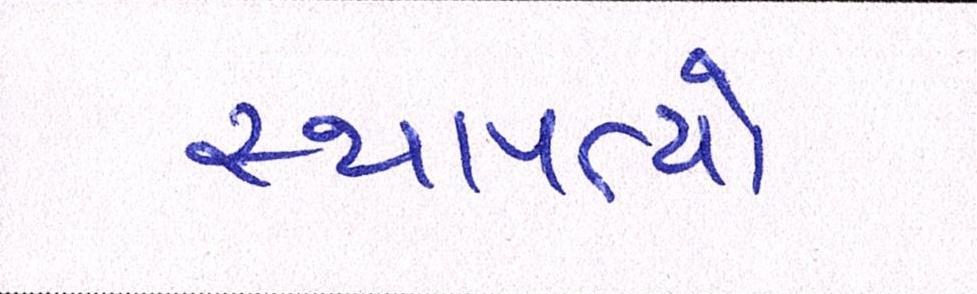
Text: સ્થાપત્યો